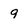
Character: 9